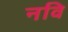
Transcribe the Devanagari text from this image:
नवि